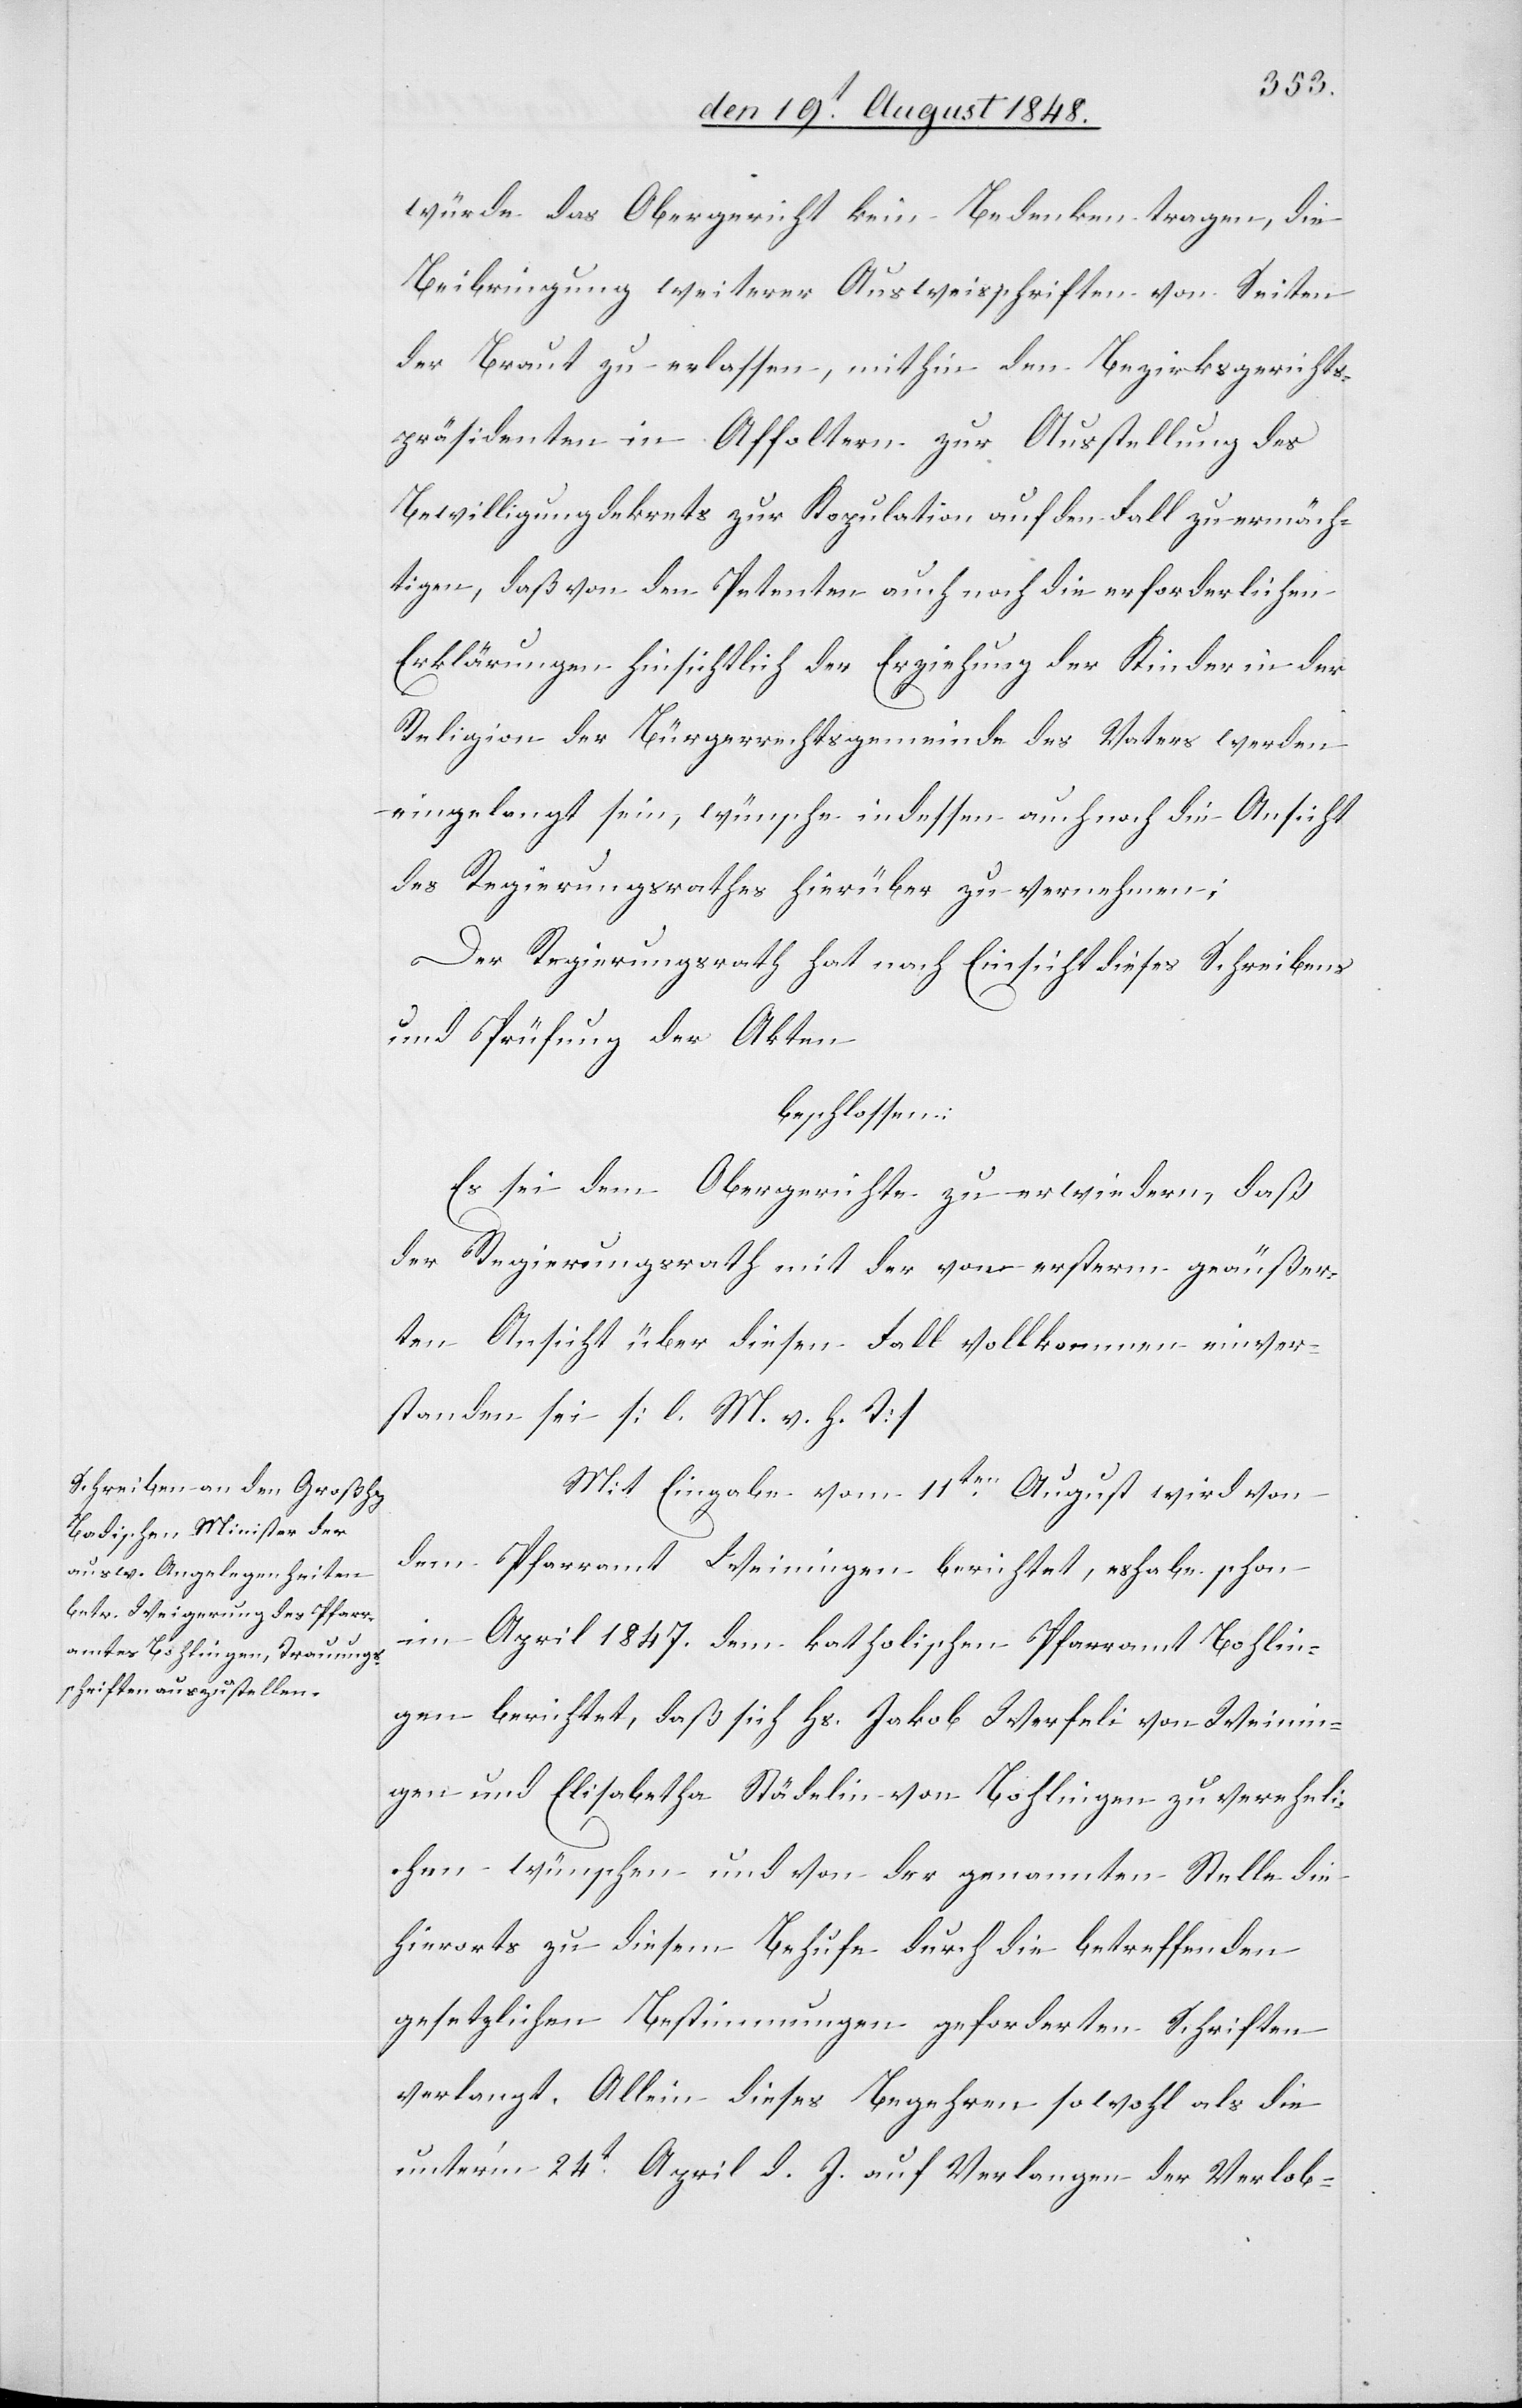
würde das Obergericht kein Bedenken tragen, die
Beibringung weiterer Ausweisschriften von Seiten
der Braut zu erlassen, mithin dem Bezirksgerichts¬
präsidenten in Affoltern zur Ausstellung des
Bewilligungdekrets zur Kopulation auf den Fall zu ermäch¬
tigen, daß von den Petenten auch noch die erforderlichen
Erklärungen hinsichtlich der Erziehung der Kinder in der
Religion der Bürgerrechtsgemeinde des Vaters werden
eingelangt sein, wünsche indessen auch noch die Ansicht
des Regierungsrathes hierüber zu vernehmen;
Der Regierungsrath hat nach Einsicht dieses Schreibens
und Prüfung der Akten
beschlossen:
Es sei dem Obergerichte zu erwiedern, daß
der Regierungsrath mit der von ersterm geäußer¬
ten Ansicht über diesen Fall vollkommen einver¬
standen sei. [l. M. v. h. T]
Mit Eingabe vom 11ten August wird von
dem Pfarramt Weiningen berichtet, es habe schon
im April 1847. dem katholischen Pfarramt Bohlin¬
gen berichtet, daß sich Hs. Jakob Werfeli von Weinin¬
gen und Elisabetha Städelin von Bohlingen zu vereheli¬
chen wünschen und von der genannten Stelle die
hierorts zu diesem Behufe durch die betreffenden
gesetzlichen Bestimmungen geforderten Schriften
verlangt. Allein dieses Begehren sowohl als die
unter’m 24ten April d. J. auf Verlangen der Verlob-